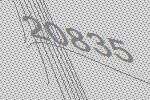
20835